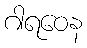
ဂါရဝေန